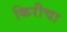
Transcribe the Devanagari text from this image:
किरीचा